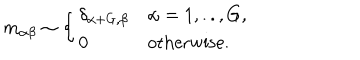
m _ { \alpha \beta } \sim \left\{ \begin{array} { l l } { { \delta _ { \alpha + G , \beta } } } & { { \alpha = 1 , . . , G , } } \\ { { 0 } } & { { \textrm { o t h e r w i s e } . } } \\ \end{array} \right.